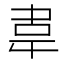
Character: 𮧰